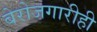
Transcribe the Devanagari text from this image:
बेरोजगारीही